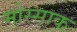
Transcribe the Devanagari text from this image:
मोस्साक